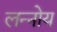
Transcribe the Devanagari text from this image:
लन्नोय